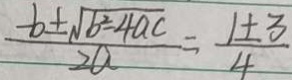
\frac { - b \pm \sqrt { b ^ { 2 } - 4 a c } } { 2 a } = \frac { 1 \pm 3 } { 4 }